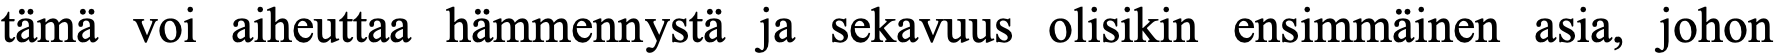
tämä voi aiheuttaa hämmennystä ja sekavuus olisikin ensimmäinen asia, johon